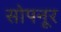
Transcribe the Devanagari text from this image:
सोपनूर